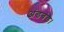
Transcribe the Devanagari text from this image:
अंडबंड।